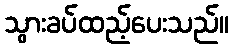
သွားခပ်ထည့်ပေးသည်။